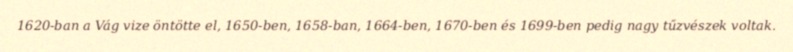
1620-ban a Vág vize öntötte el, 1650-ben, 1658-ban, 1664-ben, 1670-ben és 1699-ben pedig nagy tűzvészek voltak.